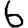
Digit: 6